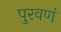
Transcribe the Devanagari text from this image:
पुरवणं